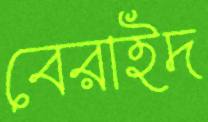
বেরাইদ